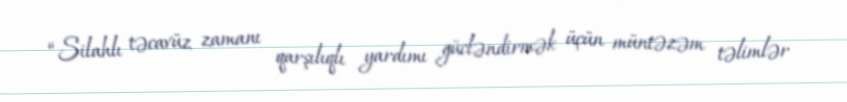
“Silahlı təcavüz zamanı qarşılıqlı yardımı gücləndirmək üçün müntəzəm təlimlər